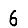
Digit: 6